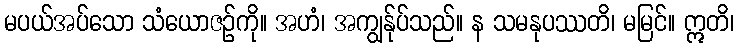
မပယ်အပ်သော သံယောဇဉ်ကို။ အဟံ၊ အကျွန်ုပ်သည်။ န သမနုပဿတိ၊ မမြင်။ ဣတိ၊